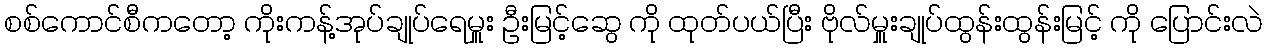
စစ်ကောင်စီကတော့ ကိုးကန့်အုပ်ချုပ်ရေမှူး ဦးမြင့်ဆွေ ကို ထုတ်ပယ်ပြီး ဗိုလ်မှူးချုပ်ထွန်းထွန်းမြင့် ကို ပြောင်းလဲ